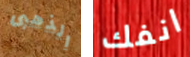
الذهبى انفك